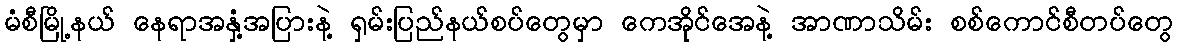
မံစီမြို့နယ် နေရာအနှံ့အပြားနဲ့ ရှမ်းပြည်နယ်စပ်တွေမှာ ကေအိုင်အေနဲ့ အာဏာသိမ်း စစ်ကောင်စီတပ်တွေ